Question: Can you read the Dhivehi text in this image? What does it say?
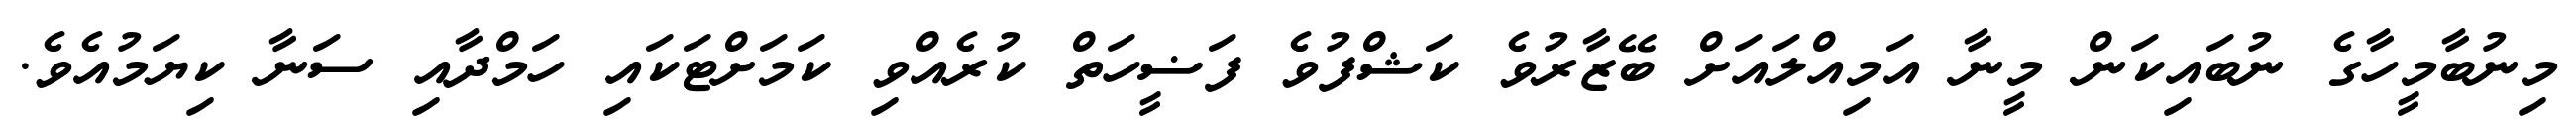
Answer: މިނުބާމީހާގެ ނުބައިކަން މީނާ އަމިއްލައަށް ބޭޒާރުވެ ކަޝްފުވެ ފަޟީހަތް ކުރެއްވި ކަމަށްޓަކައި ހަމްދާއި ސަނާ ކިޔަމުއެވެ.